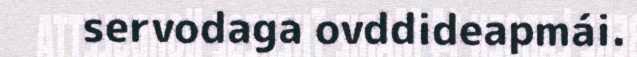
servodaga ovddideapmái.